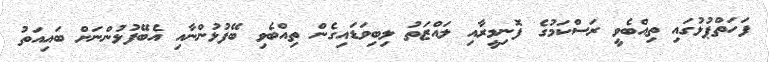
ފަހަތްޕުޅުގައި ތިއްބެވީ ރަސްކަމުގެ ފޮނިމީރާއި ލައްޒަތު ލިބިވަޑައިގެން ތިއްބެވި ބޭފުޅުންނާއި އެބޭފުޅުންނަށް ބައިއަތު